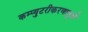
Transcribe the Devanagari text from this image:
कम्प्युटरीकरणामुळे